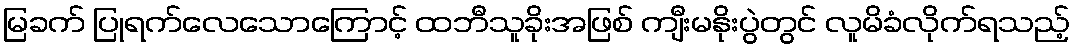
မြခက် ပြုရက်လေသောကြောင့် ထဘီသူခိုးအဖြစ် ကျီးမနိုးပွဲတွင် လူမိခံလိုက်ရသည့်